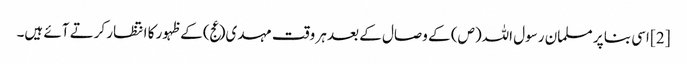
[2] اسی بنا پر مسلمان رسول اللہ(ص) کے وصال کے بعد ہر وقت مہدی(عج) کے ظہور کا انتظار کرتے آئے ہیں۔